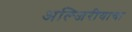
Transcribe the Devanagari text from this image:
अल्जिरीयाचा